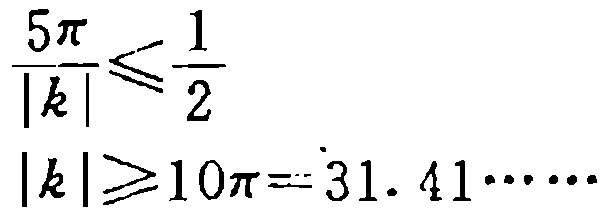
\[\frac{5\pi}{|k|}\leqslant\frac{1}{2}\]
\[|k|\geqslant10\pi = 31.41\cdots\cdots\]